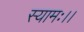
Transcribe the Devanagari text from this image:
स्यामः।।